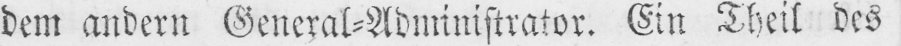
dem andern General⸗Administrator. Ein Theil des